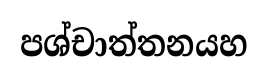
පශ්චාත්තනයහ